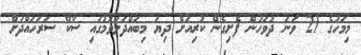
މިމަހުގެ 21 ވަނަ ދުވަހުން ފެށިގެން ކުރިއަށް ދިޔަ މިބައްދަލުވުމުގައި ސާކް ސަރަހައްދަށް